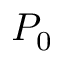
P _ { 0 }